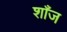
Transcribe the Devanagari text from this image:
शाँज